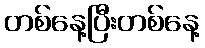
တစ်နေ့ပြီးတစ်နေ့